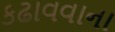
કઢાવવાના